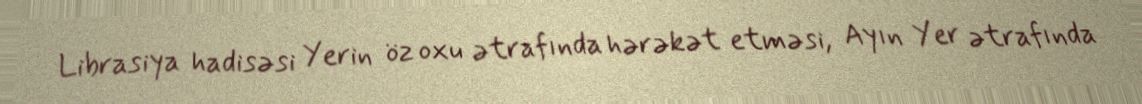
Librasiya hadisəsi Yerin öz oxu ətrafında hərəkət etməsi, Ayın Yer ətrafında